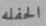
الحفله